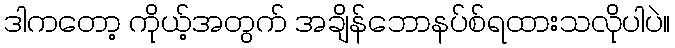
ဒါကတော့ ကိုယ့်အတွက် အချိန်ဘောနပ်စ်ရထားသလိုပါပဲ။